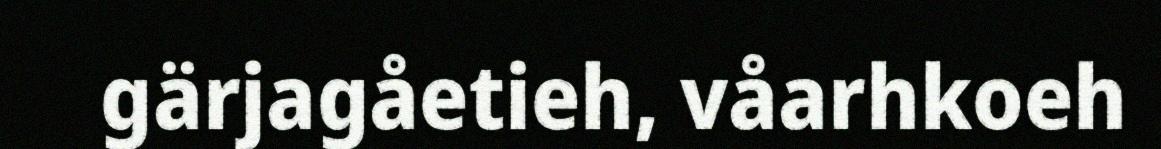
gärjagåetieh, våarhkoeh